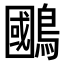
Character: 𫛐